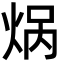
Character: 㶽